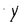
Character: Y